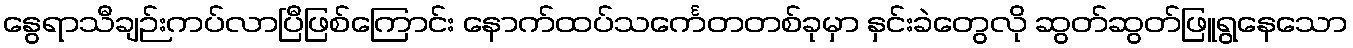
နွေရာသီချဉ်းကပ်လာပြီဖြစ်ကြောင်း နောက်ထပ်သင်္ကေတတစ်ခုမှာ နှင်းခဲတွေလို ဆွတ်ဆွတ်ဖြူရွနေသော